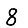
Digit: 8